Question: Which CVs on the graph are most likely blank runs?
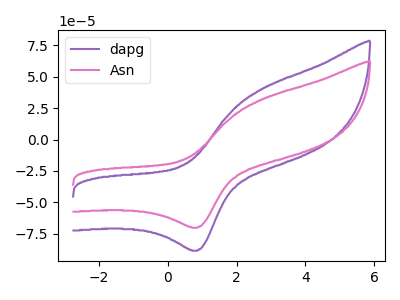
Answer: <think>The purple curve "dapg" has an anodic peak at (2.70V, 39.65uA) and a cathodic peak at (0.85V, -88.50uA). The pink curve "Asn" has an anodic peak at (2.70V, 31.45uA) and a cathodic peak at (0.85V, -70.20uA).</think>
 <answer>There are not any CV's on this graph that are likely to be blanks.</answer>
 <eval>none</eval>